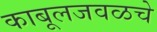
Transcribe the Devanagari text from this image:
काबूलजवळचे